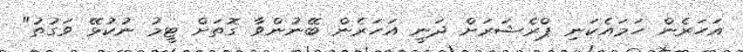
އަހަރެން ހަމައެކަނި ޕްރެޝަރަށް ދަނީ އަހަރެން ބޭނުންވާ ގޮތަށް ޓީމު ނުކުޅޭ ވަގުތު"